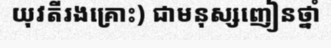
យុវតីរងគ្រោះ) ជាមនុស្សញៀនថ្នាំ